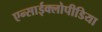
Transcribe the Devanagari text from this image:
एन्साईक्लोपीडिया